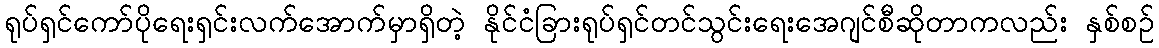
ရုပ်ရှင်ကော်ပိုရေးရှင်းလက်အောက်မှာရှိတဲ့ နိုင်ငံခြားရုပ်ရှင်တင်သွင်းရေးအေဂျင်စီဆိုတာကလည်း နှစ်စဉ်